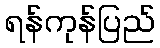
ရန်ကုန်ပြည်